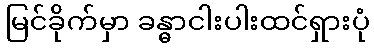
မြင်ခိုက်မှာ ခန္ဓာငါးပါးထင်ရှားပုံ